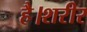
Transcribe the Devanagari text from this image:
है।शरीर